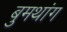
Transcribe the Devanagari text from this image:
बुमथांग